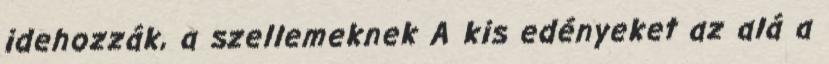
idehozzák, a szellemeknek A kis edényeket az alá a